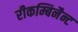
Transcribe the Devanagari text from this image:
रीकम्बिनैन्ट